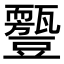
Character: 𧰛